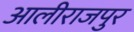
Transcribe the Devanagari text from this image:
आलीराजपुर